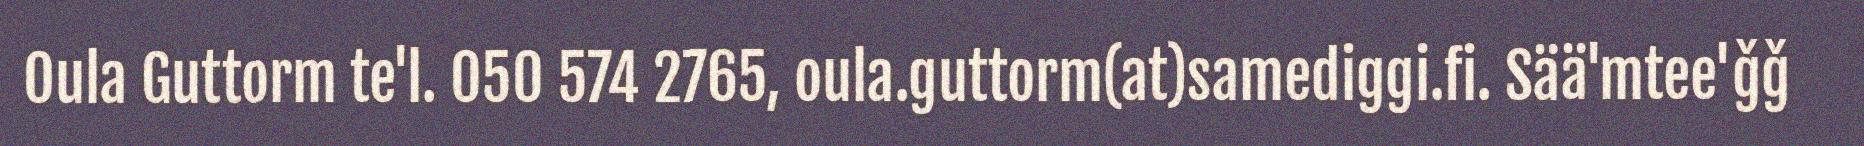
Oula Guttorm te'l. 050 574 2765, oula.guttorm(at)samediggi.fi. Sää'mtee'ǧǧ